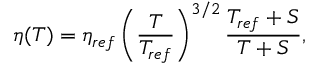
\eta ( T ) = \eta _ { r e f } \left( \frac { T } { T _ { r e f } } \right) ^ { 3 / 2 } \frac { T _ { r e f } + S } { T + S } ,